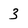
Character: 3